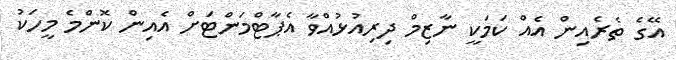
އޭގެ ތެރެއިން އެއް ކަމަކީ ނާޒިމް ދިރިއުޅުއްވާ އެޕާޓްމަންޓަށް އެއިން ކޮންމެ މީހަކު